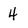
Character: 4